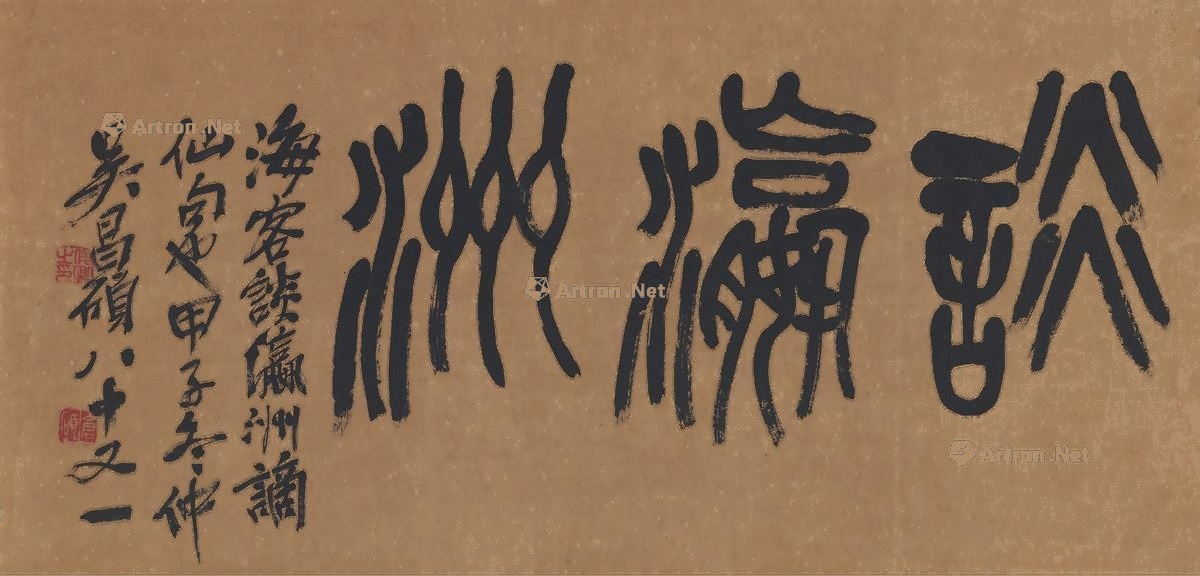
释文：谈瀛洲。海客谈瀛洲，谪仙句也。甲子冬仲，吴昌硕八十又一。